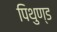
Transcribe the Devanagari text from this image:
पिथुण्ड